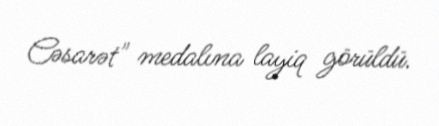
Cəsarət" medalına layiq görüldü.